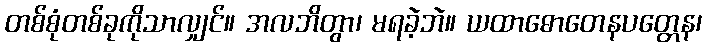
တစ်စုံတစ်ခုကိုသာလျှင်။ အလဘိတွာ၊ မရခဲ့ဘဲ။ ယထာဓောတေနပတ္တေန၊